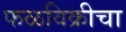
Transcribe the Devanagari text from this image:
फळविक्रीचा